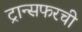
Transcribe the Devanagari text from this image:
ट्रान्सफरची